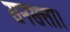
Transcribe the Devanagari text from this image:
सनसत्ता।